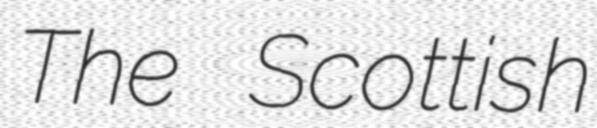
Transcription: The Scottish